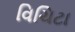
વિચિટા